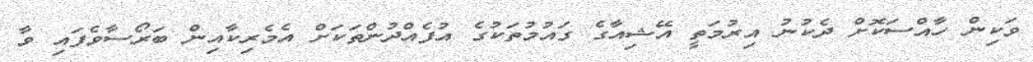
ވަކިން ހާއްސަކޮށް ދެކުނު އިރުމަތީ އޭޝިއާގެ ގައުމުތަކުގެ އުފެއްދުންތަކަށް އެމެރިކާއިން ބަރޯސާވެފައި ވާ